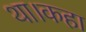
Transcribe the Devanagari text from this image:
था।कहा